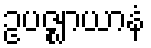
ဥပဇ္ဈာယာနံ